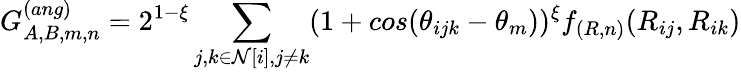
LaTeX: G_{A,B,m,n}^{(ang)}=2^{1-\xi}\sum_{j,k\in\mathcal{N}[i],j\neq k}(1+cos(\theta_{ijk}-\theta_{m}))^{\xi}f_{(R,n)}(R_{ij},R_{ik})